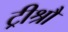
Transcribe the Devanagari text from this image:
ट्रीश्रौ